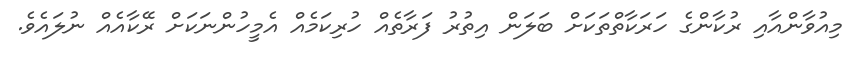
މިއުވާންއާއި ރުކާންގެ ހަރަކާތްތަކަށް ބަލަން އިތުރު ފަރާތެއް ހުރިކަމެއް އެމީހުންނަކަށް ރޭކާއެއް ނުލައެވެ.